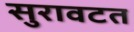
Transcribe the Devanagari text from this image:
सुरावटत